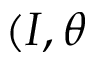
( I , \theta